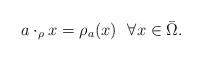
LaTeX: \begin{align*} a \cdot_{\rho} x =\rho_a(x) ~~ \forall x \in \Bar{\Omega}.\end{align*}